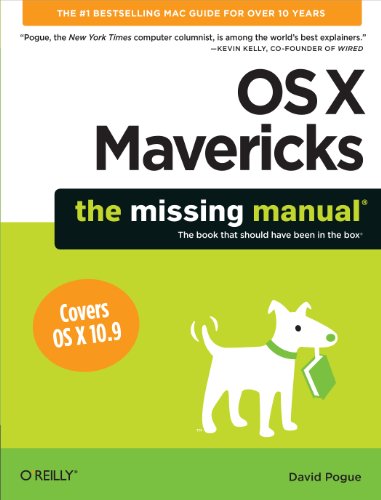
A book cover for OS X Mavericks: The Missing Manual; David Pogue; Computers & Technology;